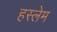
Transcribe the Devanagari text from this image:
हस्लेम